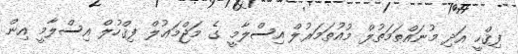
ފިޤްހީ އަދި މުނައްޠަމަތުލް މުއުތަމަރުލް އިސްލާމީ ގެ މަޖްމަޢުލް ފިޤްހުލް އިސްލާމީ އިން